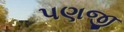
પણજી